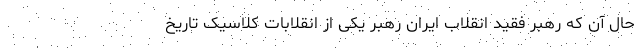
حال آن که رهبر فقید انقلاب ایران رهبر یکی از انقلابات کلاسیک تاریخ